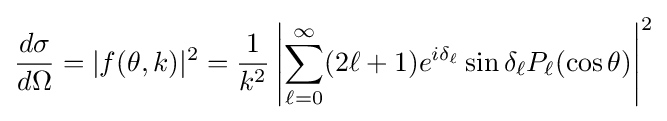
{\frac {d\sigma }{d\Omega }}=|f(\theta ,k)|^{2}={\frac {1}{k^{2}}}\left|\sum _{\ell =0}^{\infty }(2\ell +1)e^{i\delta _{\ell }}\sin \delta _{\ell }P_{\ell }(\cos \theta )\right|^{2}